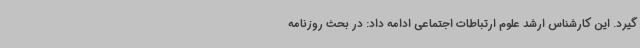
گیرد. این کارشناس ارشد علوم ارتباطات اجتماعی ادامه داد: در بحث روزنامه